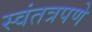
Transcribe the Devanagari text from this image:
स्वंतत्रपणे